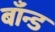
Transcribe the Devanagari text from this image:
बाँन्ड